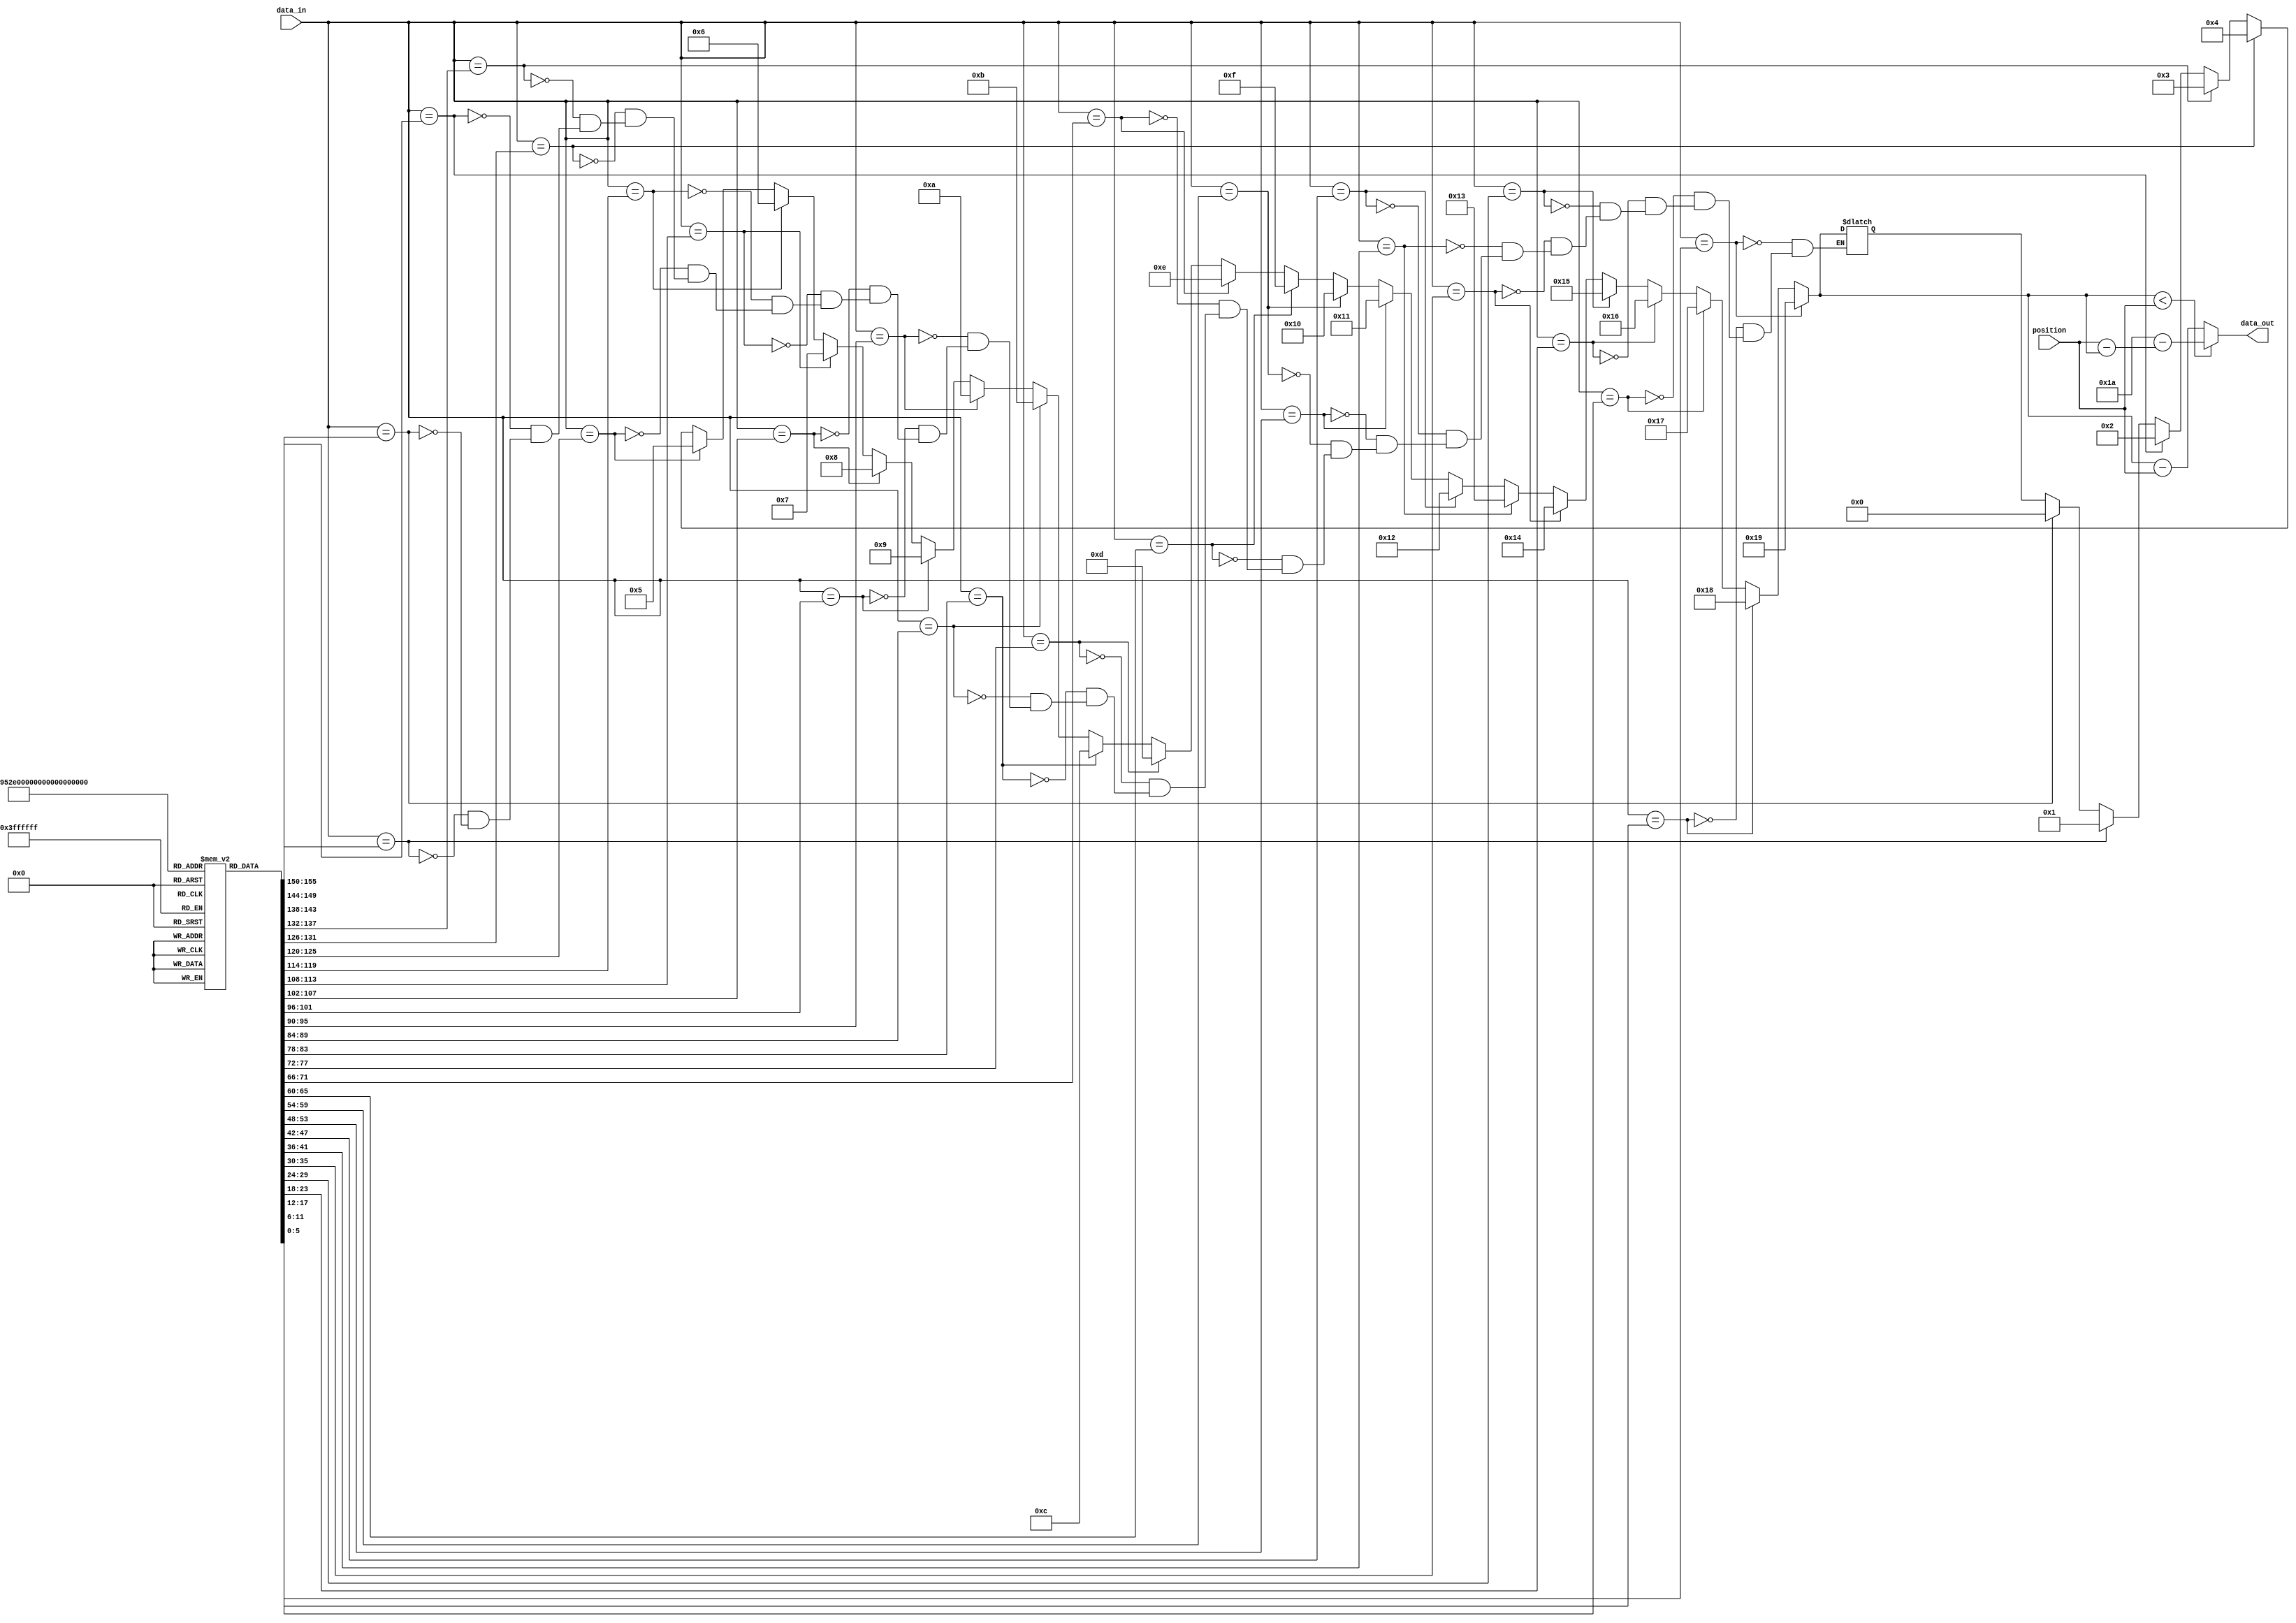
`timescale 1ns / 1ps
//////////////////////////////////////////////////////////////////////////////////
// Company: 
// Engineer: 
// 
// Design Name: 
// Module Name: reverse_rotor1_diff
// Project Name: 
// Target Devices: 
// Tool Versions: 
// Description: 
// 
// Dependencies: 
// 
// Revision:
// Revision 0.01 - File Created
// Additional Comments:
// 
//////////////////////////////////////////////////////////////////////////////////


module reverse_rotor1_diff(
input [5:0] data_in,  
input [5:0] position,         
output reg [5:0] data_out
    );
reg [5:0] mapping[25:0];
reg [5:0] map;
integer i;

    initial begin
    mapping[0] = 6'd22;   // AW
    mapping[1] = 6'd19;  // BT
    mapping[2] = 6'd14;  // CO
    mapping[3] = 6'd10;   // DK
    mapping[4] = 6'd0;  // EA
    mapping[5] = 6'd18;   // FS
    mapping[6] = 6'd20;   // GU
    mapping[7] = 6'd24;  // HY
    mapping[8] = 6'd17;  // IR
    mapping[9] = 6'd21;  // JV
    mapping[10] = 6'd1; // KB
    mapping[11] = 6'd23; // LX
    mapping[12] = 6'd9; // MJ
    mapping[13] = 6'd7; // NH
    mapping[14] = 6'd16; // OQ
    mapping[15] = 6'd2;  // PC
    mapping[16] = 6'd15; // QP
    mapping[17] = 6'd25; // RZ
    mapping[18] = 6'd4; // SE
    mapping[19] = 6'd5; // TF
    mapping[20] = 6'd12;  // UM
    mapping[21] = 6'd3;  // VD
    mapping[22] = 6'd8;  // WI
    mapping[23] = 6'd13; // XN
    mapping[24] = 6'd11;  // YL
    mapping[25] = 6'd6;  // ZG
end

always @(data_in) 
begin  
    for(i=0;i<6'd26;i=i+6'd1)
    begin
    if(data_in==mapping[i])
    map=i;
    end
    if(map<position)begin
    data_out=6'd26-(position-map);
    end
    else
    begin
    data_out=map-position;
    end
end
endmodule